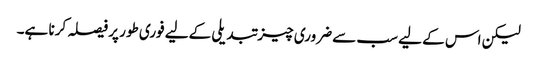
لیکن اس کے لیے سب سے ضروری چیز تبدیلی کےلیے فوری طور پر فیصلہ کرنا ہے۔